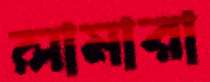
লামারা